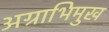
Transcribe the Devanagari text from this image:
अग्राभिमुख